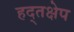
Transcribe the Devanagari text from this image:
हद्तक्षेप